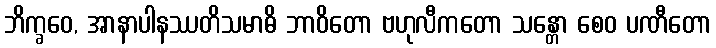
ဘိက္ခဝေ, အာနာပါနဿတိသမာဓိ ဘာဝိတော ဗဟုလီကတော သန္တော စေဝ ပဏီတော